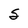
Character: S